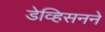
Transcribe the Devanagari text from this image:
डेव्हिसनने